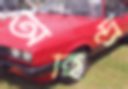
অহিন্দ্র